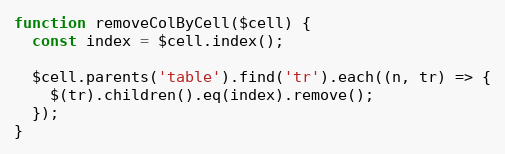
Language: JavaScript
function removeColByCell($cell) {
  const index = $cell.index();

  $cell.parents('table').find('tr').each((n, tr) => {
    $(tr).children().eq(index).remove();
  });
}